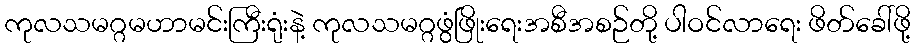
ကုလသမဂ္ဂမဟာမင်းကြီးရုံးနဲ့ ကုလသမဂ္ဂဖွံဖြိုးရေးအစီအစဉ်တို့ ပါဝင်လာရေး ဖိတ်ခေါ်ဖို့